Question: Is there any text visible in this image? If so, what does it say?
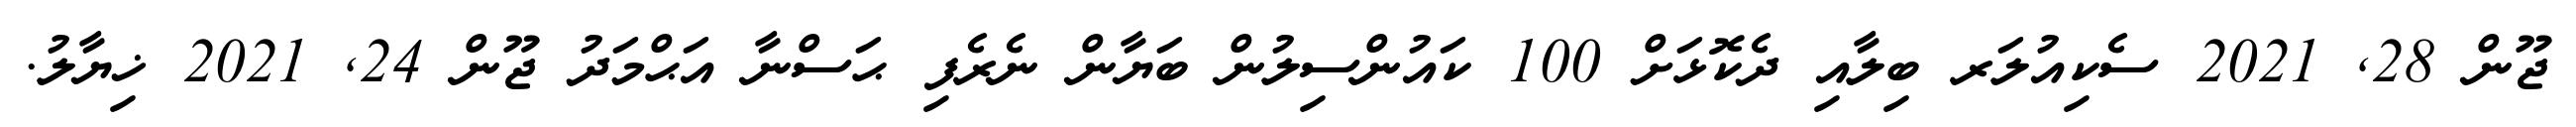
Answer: ޖޫން 28, 2021 ސެކިއުލަރ ބިލާއި ދެކޮޅަށް 100 ކައުންސިލުން ބަޔާން ނެރެފި ޙަސްނާ އަޙްމަދު ޖޫން 24, 2021 ޚިޔާލު.